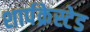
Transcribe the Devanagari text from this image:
शार्पक्रेस्टेड